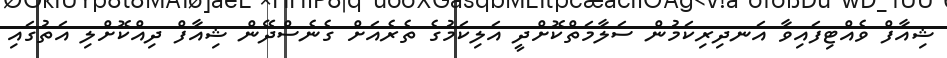
ޝިއާފް ވެއްޓިފައިވާ އަނދިރިކަމުން ސަލާމަތްކޮށްދީ އަލިކަމުގެ ތެރެއަށް ގެނެސްދޭން ޝިއާފް ދިއްކޮށްލި އަތުގައި